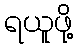
ရယူဖို့